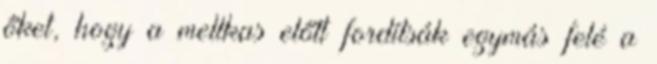
őket, hogy a mellkas előtt fordítsák egymás felé a